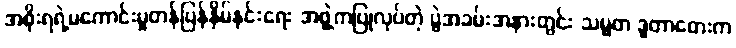
အစိုးရရဲ့မကောင်းမှုတန်ပြန်နှိမ်နင်းရေး အဖွဲ့ကပြုလုပ်တဲ့ ပွဲအခမ်းအနားတွင်း သမ္မတ ဒူတာတေးက